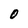
Character: O